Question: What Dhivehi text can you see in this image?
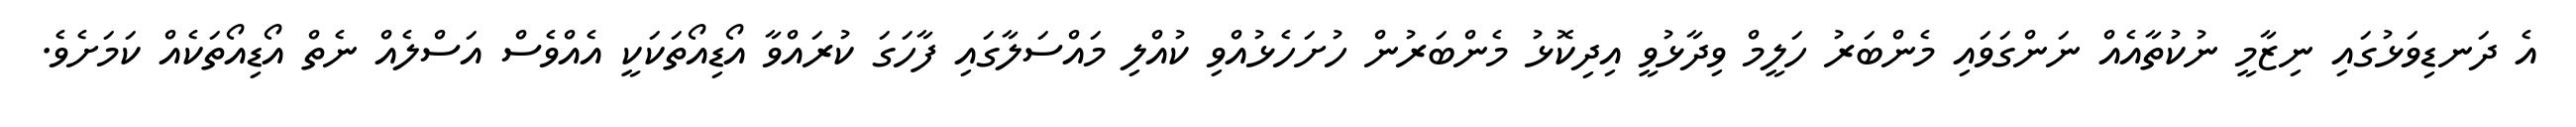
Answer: އެ ދަނޑިވަޅުގައި ނިޒާމީ ނުކުތާއެއް ނަންގަވައި މެންބަރު ހަލީމް ވިދާޅުވީ އިދިކޮޅު މެންބަރުން ހުށަހެޅުއްވި ކުއްލި މައްސަލާގައި ފާހަގަ ކުރައްވާ އޯޑިއޯތަކަކީ އެއްވެސް އަސްލެއް ނެތް އޯޑިއޯތަކެއް ކަމަށެވެ.